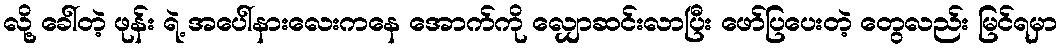
လို့ ခေါ်တဲ့ ဖုန်း ရဲ့ အပေါ်နားလေးကနေ အောက်ကို လျှောဆင်းလာပြီး ဖော်ပြပေးတဲ့ တွေလည်း မြင်ရမှာ